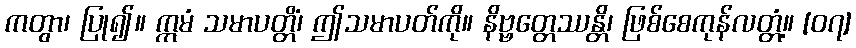
ကတွာ၊ ပြု၍။ ဣမံ သမာပတ္တိံ၊ ဤသမာပတ်ကို။ နိဗ္ဗတ္တေဿန္တိ၊ ဖြစ်စေကုန်လတ္တံ့။ [၀၇]